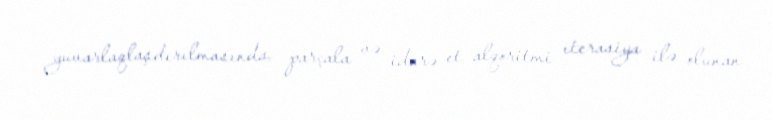
yuvarlaqlaşdırılmasında, parçala və idarə et alqoritmi iterasiya ilə olunan